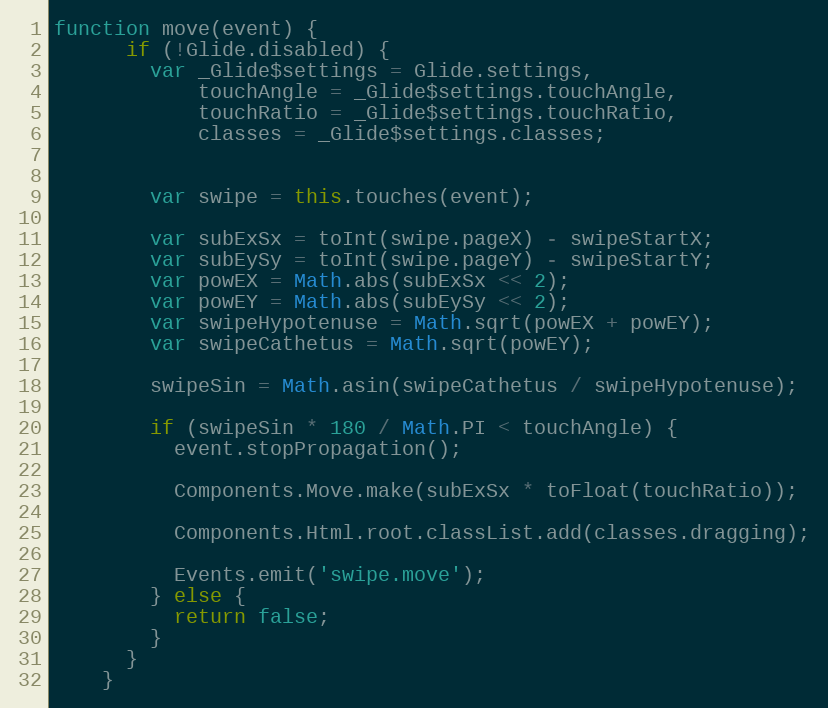
Language: JavaScript
function move(event) {
      if (!Glide.disabled) {
        var _Glide$settings = Glide.settings,
            touchAngle = _Glide$settings.touchAngle,
            touchRatio = _Glide$settings.touchRatio,
            classes = _Glide$settings.classes;

        var swipe = this.touches(event);

        var subExSx = toInt(swipe.pageX) - swipeStartX;
        var subEySy = toInt(swipe.pageY) - swipeStartY;
        var powEX = Math.abs(subExSx << 2);
        var powEY = Math.abs(subEySy << 2);
        var swipeHypotenuse = Math.sqrt(powEX + powEY);
        var swipeCathetus = Math.sqrt(powEY);

        swipeSin = Math.asin(swipeCathetus / swipeHypotenuse);

        if (swipeSin * 180 / Math.PI < touchAngle) {
          event.stopPropagation();

          Components.Move.make(subExSx * toFloat(touchRatio));

          Components.Html.root.classList.add(classes.dragging);

          Events.emit('swipe.move');
        } else {
          return false;
        }
      }
    }